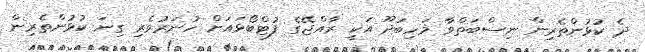
ދެ ކުޅުންތެރިން ނިސްބަތްވާ މަހިބަދޫ އަކީ ރާއްޖޭގެ ފުޓްބޯޅައަށް ހުނަރުވެރި ގިނަ ކުޅުންތެރިން